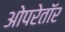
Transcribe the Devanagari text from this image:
ओपरेतॉर